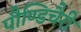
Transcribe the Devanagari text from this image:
पौण्डिचैरी